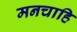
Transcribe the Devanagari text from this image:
मनचाहि